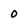
Character: 0